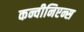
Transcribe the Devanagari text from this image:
कन्वीनिएन्स